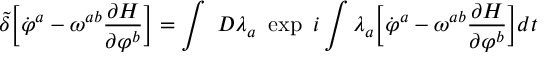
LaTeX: { \tilde { \delta } } \biggl [ { \dot { \varphi } } ^ { a } - \omega ^ { a b } { \frac { \partial H } { \partial \varphi ^ { b } } } \biggr ] = \int ~ { \cal D } \lambda _ { a } ~ \exp ~ i \int \lambda _ { a } \biggl [ { \dot { \varphi } } ^ { a } - \omega ^ { a b } { \frac { \partial H } { \partial \varphi ^ { b } } } \biggr ] d t \nonumber